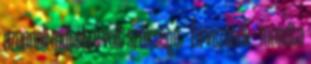
azonnali műtétre volt szüksége. - Én vezetek – mondta